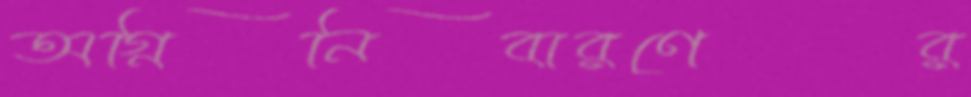
অগ্নিনিবারণের